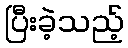
ပြီးခဲ့သည့်